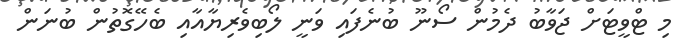
މި ޓްވީޓަށް ޖަވާބު ދެމުން ސޯނޫ ބުނެފައި ވަނީ ލޯބިވެރިޔާއާއި ބެހޭގޮތުން ބުނަން